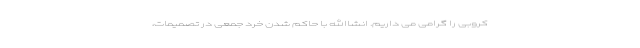
کروبی را گرامی می داریم. انشاالله با حاکم شدن خرد جمعی در تصمیمات،